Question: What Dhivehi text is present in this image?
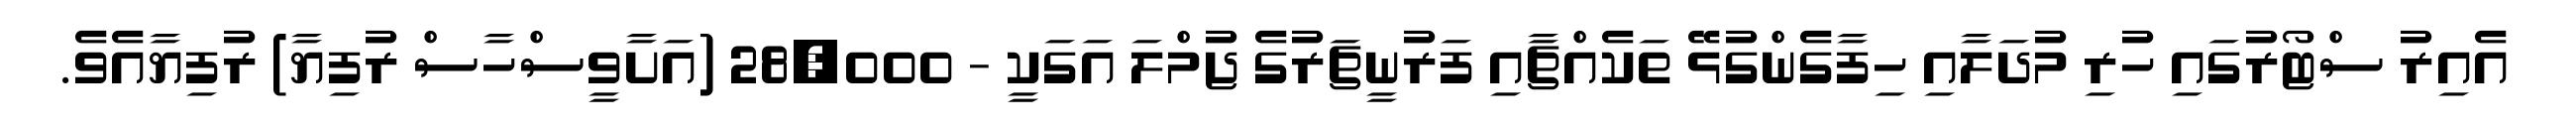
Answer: އެއިރު ސްޓޯރުގައި ހުރި މުދަލާއި ހިފާގެންގުޅޭ ތަކެއްޗާއި ފަރުނީޗަރުގެ ޖުމްލަ އަގަކީ - 28,000 (އަށާވީސްހާސް ރުފިޔާ) ރުފިޔާއެވެ.